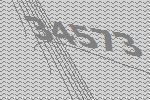
34573